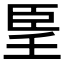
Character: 𦣠